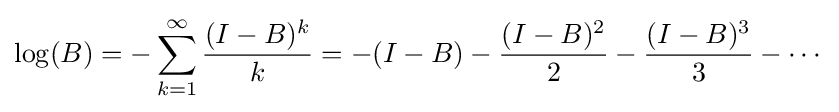
\log(B)=-\sum _{k=1}^{\infty }{\frac {(I-B)^{k}}{k}}=-(I-B)-{\frac {(I-B)^{2}}{2}}-{\frac {(I-B)^{3}}{3}}-\cdots